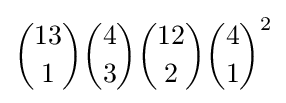
{13 \choose 1}{4 \choose 3}{12 \choose 2}{4 \choose 1}^{2}